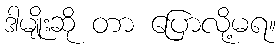
ဒါမျိုးဆို တာ ပြောလို့မရ။